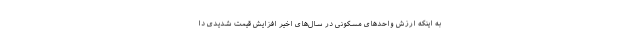
به اینکه ارزش واحدهای مسکونی در سال‌های اخیر افزایش قیمت شدیدی دا